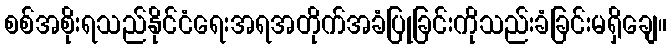
စစ်အစိုးရသည်နိုင်ငံရေးအရအတိုက်အခံပြုခြင်းကိုသည်းခံခြင်းမရှိချေ။